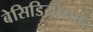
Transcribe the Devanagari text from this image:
बेसिडियोस्पोर